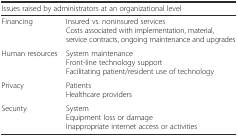
<table><thead><tr><td colspan="2"><b>Issues raised by administrators at an organizational level</b></td></tr></thead><tbody><tr><td>Financing</td><td>Insured vs. noninsured servicesCosts associated with implementation, material, service contracts, ongoing maintenance and upgrades</td></tr><tr><td>Human resources</td><td>System maintenanceFront-line technology supportFacilitating patient/resident use of technology</td></tr><tr><td>Privacy</td><td>PatientsHealthcare providers</td></tr><tr><td>Security</td><td>SystemEquipment loss or damageInappropriate internet access or activities</td></tr></tbody></table>